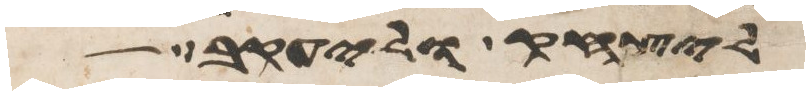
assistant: ליצחק וליעקב